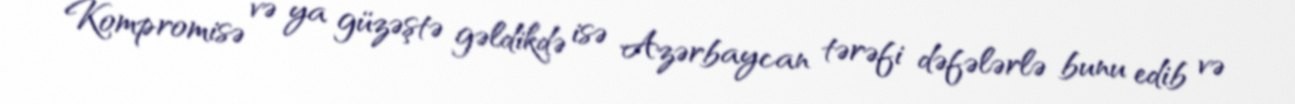
Kompromisə və ya güzəştə gəldikdə isə Azərbaycan tərəfi dəfələrlə bunu edib və